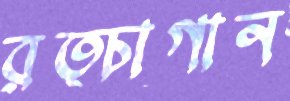
রত্চাগান